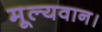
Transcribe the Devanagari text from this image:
मूल्यवान।